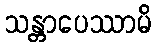
သန္တာပေဿာမိ